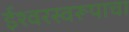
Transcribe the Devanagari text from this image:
ईश्वरस्वरूपाचा